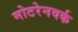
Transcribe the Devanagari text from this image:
मोटरेनवर्क